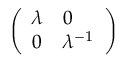
\left( \begin{array} { l l } { \lambda } & { 0 } \\ { 0 } & { \lambda ^ { - 1 } } \end{array} \right)